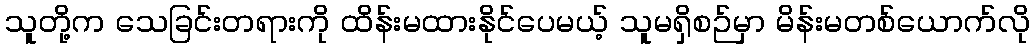
သူတို့က သေခြင်းတရားကို ထိန်းမထားနိုင်ပေမယ့် သူမရှိစဉ်မှာ မိန်းမတစ်ယောက်လို